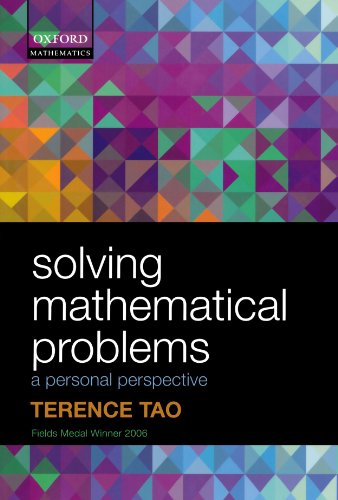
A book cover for Solving Mathematical Problems: A Personal Perspective; Terence Tao; Science & Math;